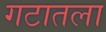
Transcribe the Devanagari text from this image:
गटातला